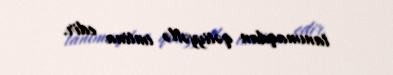
tanımaqdan qətiyyətlə imtina edir.